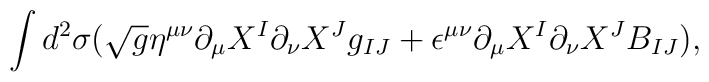
\int d^2 \sigma (\sqrt{g} \eta^{\mu \nu} \partial_{\mu} X^{I}\partial_{\nu} X^{J} g_{IJ} + \epsilon^{\mu \nu}\partial_{\mu} X^{I}\partial_{\nu} X^{J} B_{IJ}),